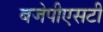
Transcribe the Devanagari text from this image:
बजेपीएसटी